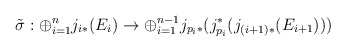
\begin{align*}\tilde{\sigma} : \oplus_{i=1}^n j_{i *}(E_{i}) \rightarrow \oplus_{i=1}^{n-1}j_{p_i*}(j^*_{p_i} (j_{(i+1) *}(E_{i+1})))\end{align*}